Jarvakandi_vallavalitsus, lk 25
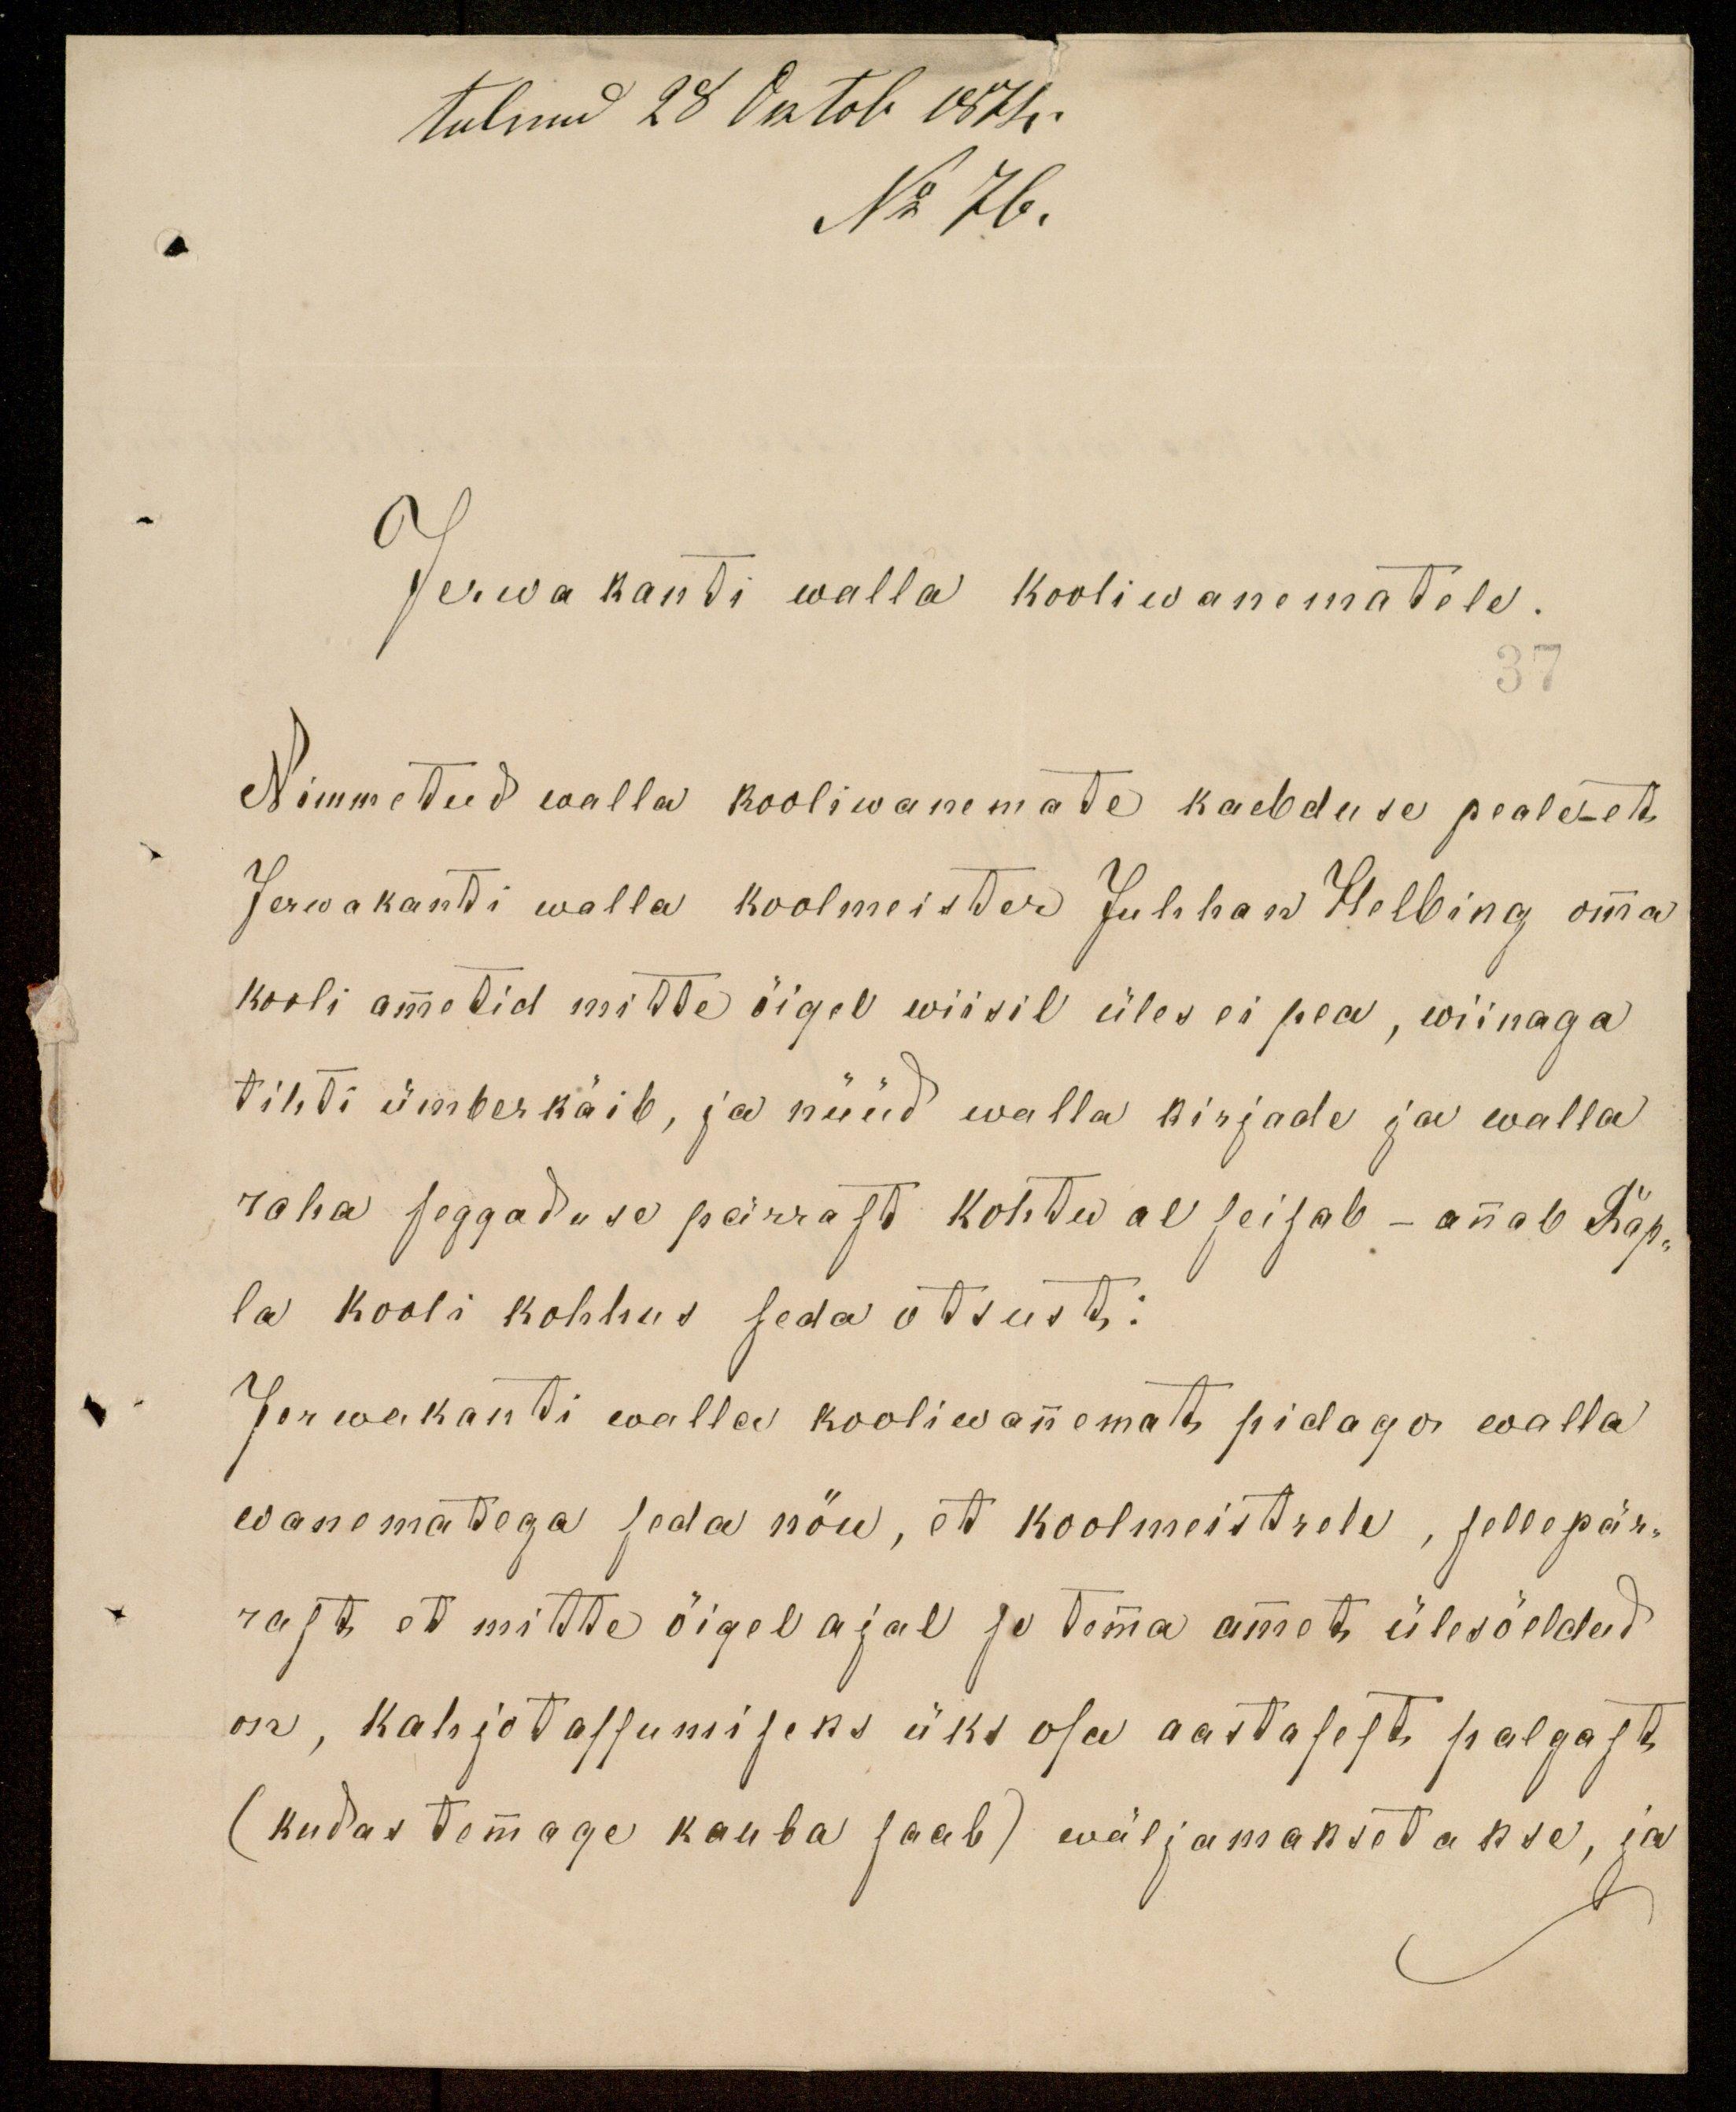
tulnud 28 Oktob 1874.
No 76.
Jerwakanti walla kooliwanematele.
37
Nimmetud walla kooliwanemate kaebduse peale et
Jevrwakanti walla koolmeister Juhhan Helbing omma
kooli ametid mitte õiget wiisil üles ei pea, wiinaga
tihti ümberkäib, ja nüüd walla kirjade ja walla
raha seggaduse pärrast kohtu al seisab - annab Rap-
la kooli kohhus seda otsust:
Jerwakanti walla kooliwannemat pidago walla
wanematega seda nöu, et koolmeistrele, sellepär-
rast, et mitte öigel ajal se tema ammet ülesöeldud
on, kahjotassumiseks üks osa aastasest palgast
(kudas temmage kauba saab) wäljamaksetakse, ja